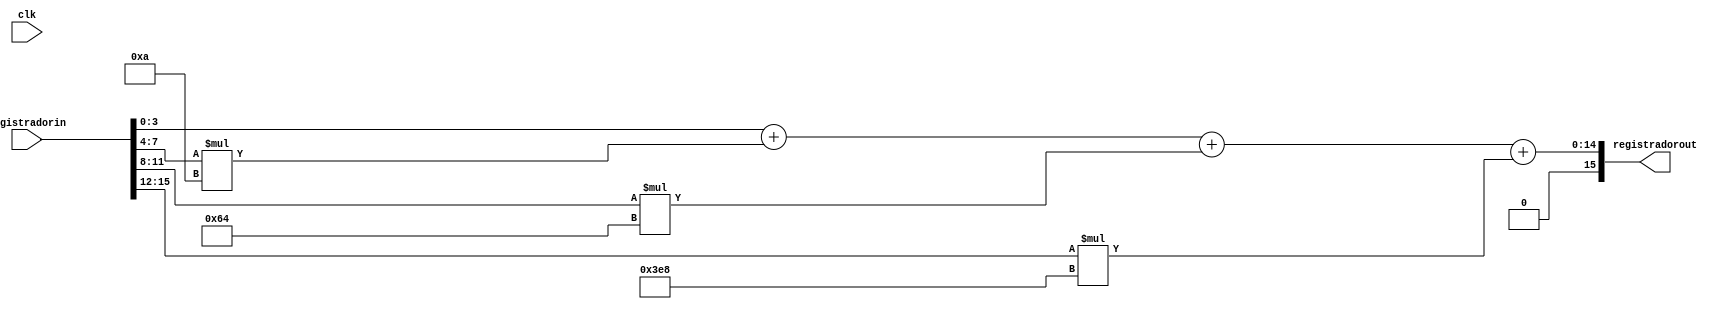
module conversaobin_dec(clk,registradorin, registradorout);
	/* inputs */
	input [15:0] registradorin;
	input clk;
	/* inputs */
	
	/* outputs */
	output [15:0]registradorout;
	/* outputs */
	
	/* registradores */
	reg [15:0]registradorout;
	reg[3:0] del;
	reg[3:0] del2;
	reg[3:0] del3;
	reg[3:0] del4;
	/* registradores */
	
	always @(*) begin
		del <= registradorin[3:0];
		del2 <= registradorin[7:4];
		del3 <= registradorin[11:8];
		del4 <= registradorin[15:12];
		registradorout <= del + (del2*10) + (del3*100) + (del4*1000);
	end
	
endmodule